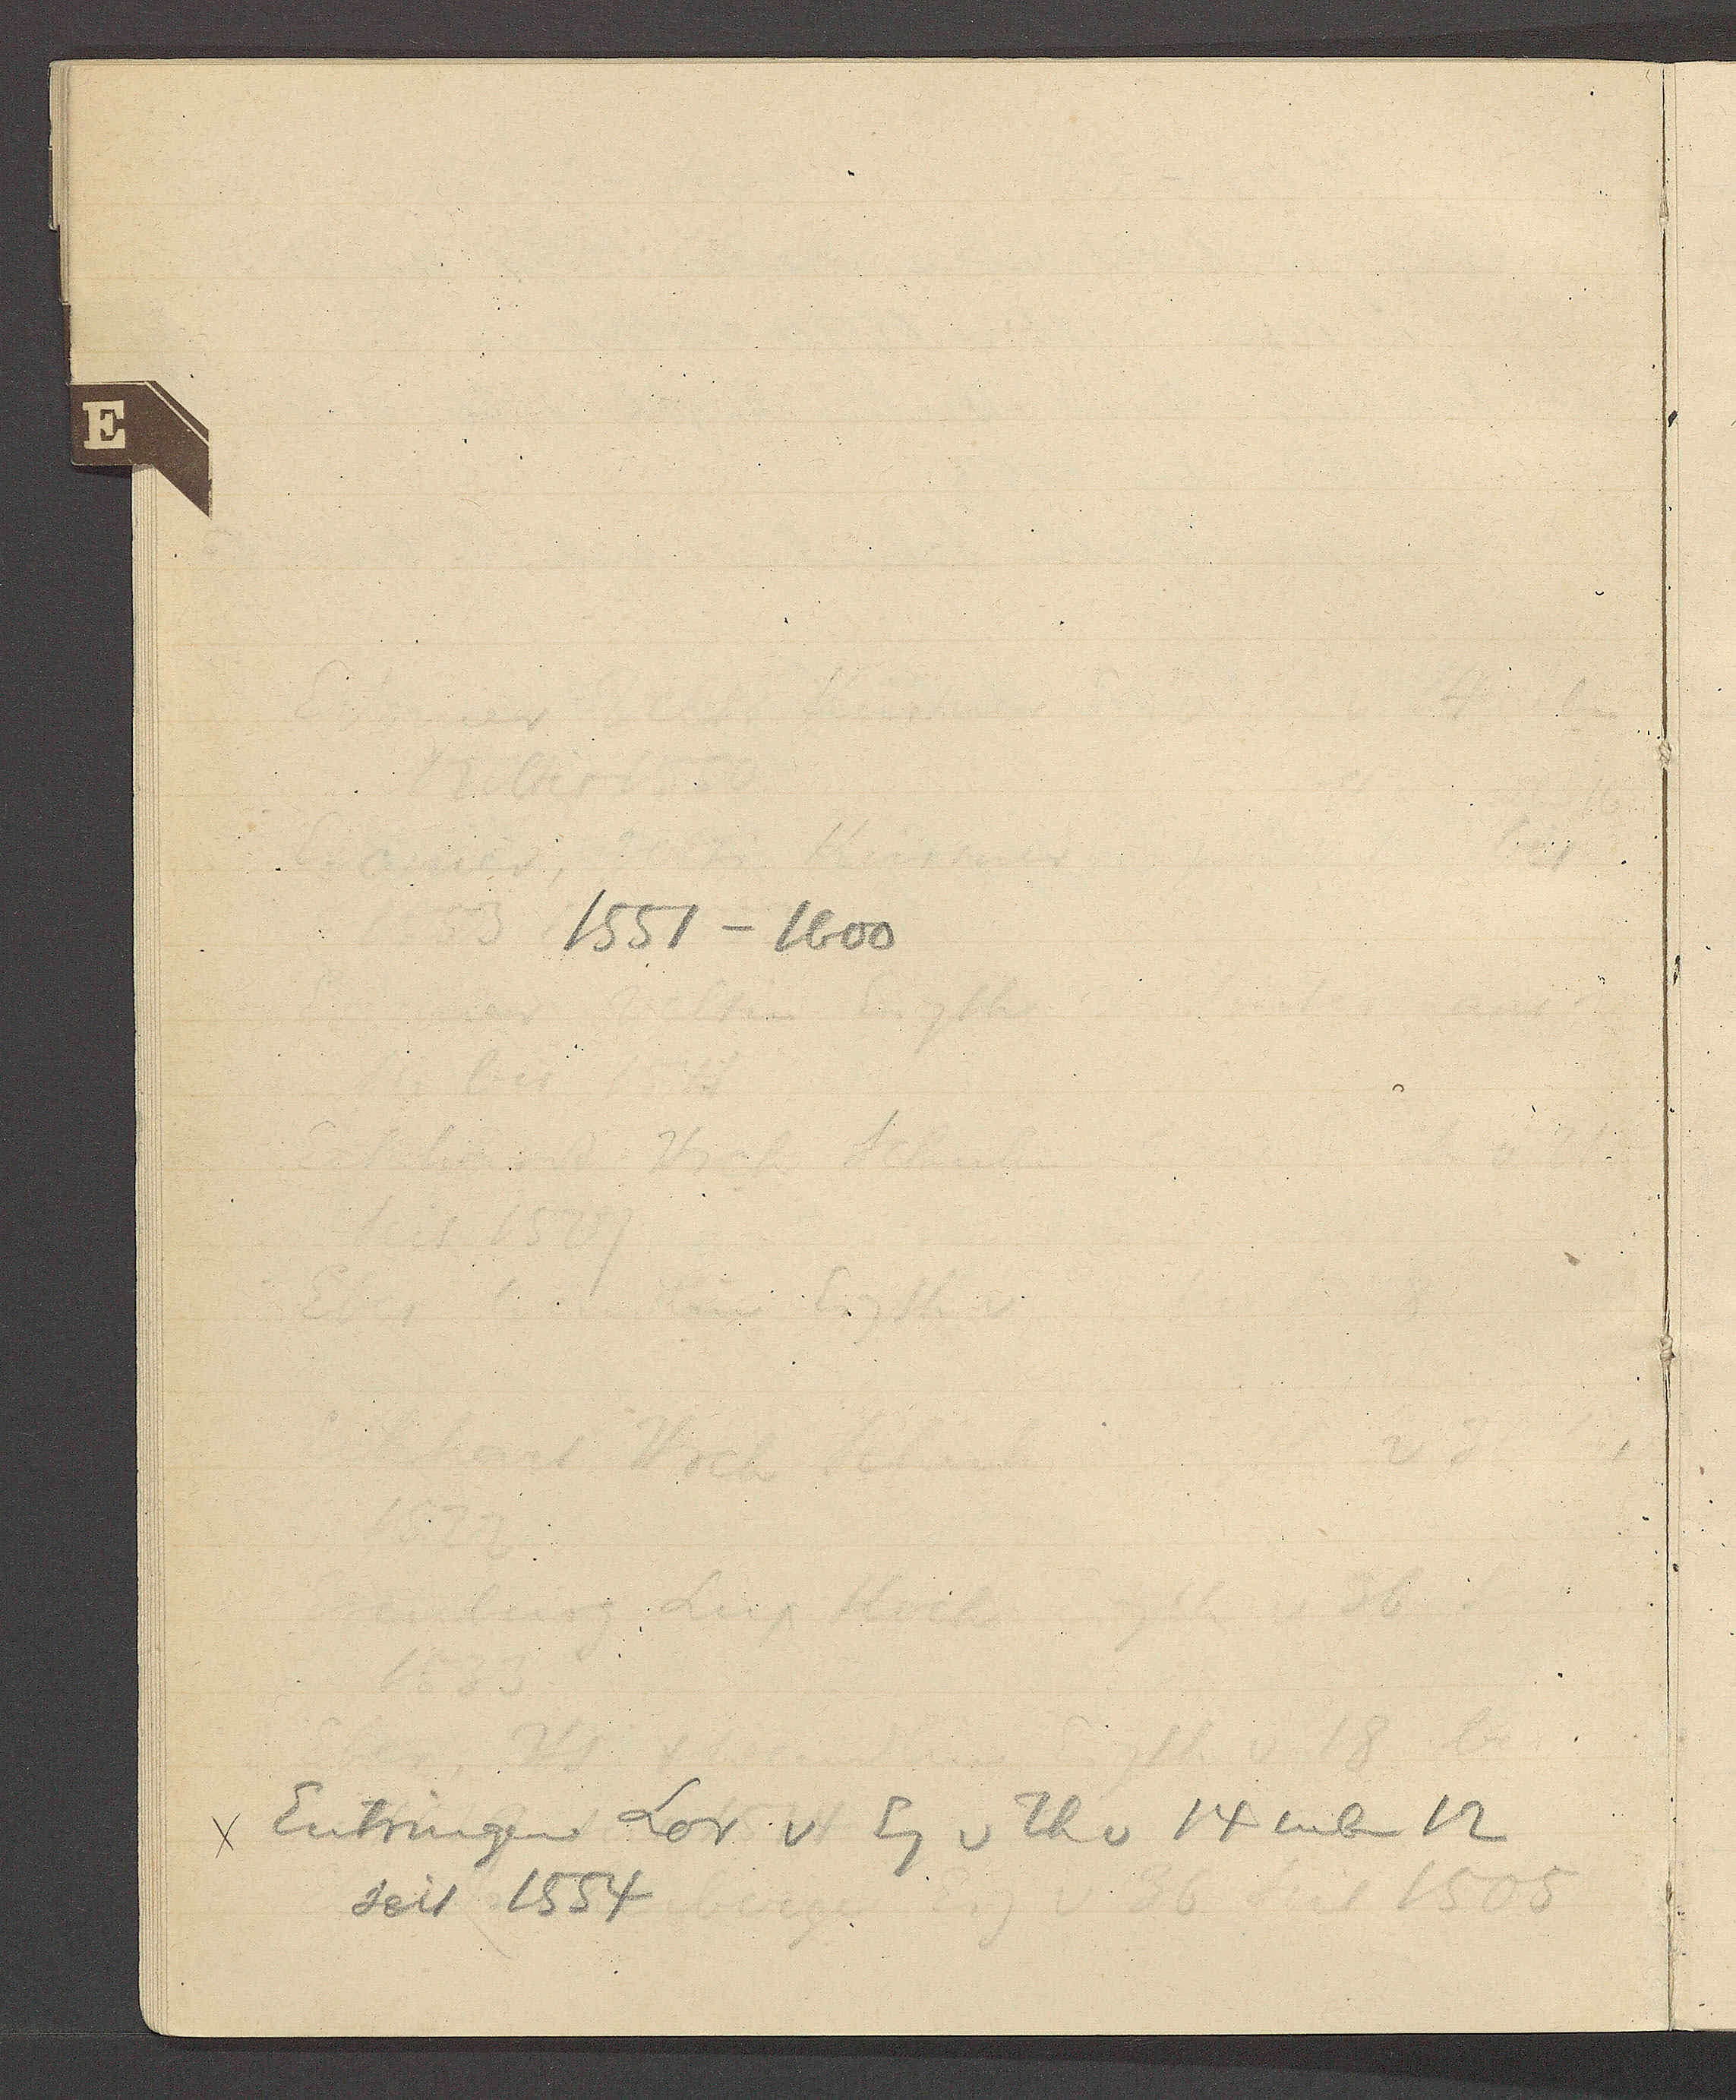
Transcript:
1551 – 1600

χ Eutringen Lor v Eig v Th v 14 neben 12
seit 1554